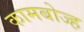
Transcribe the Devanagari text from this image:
कामबोज्ह